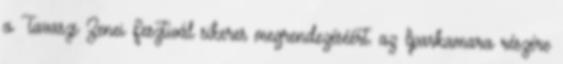
a Tavaszi Zenei Fesztivál sikeres megrendezéséért. az Iparkamara részére